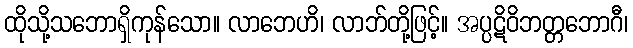
ထိုသို့သဘောရှိကုန်သော။ လာဘေဟိ၊ လာဘ်တို့ဖြင့်။ အပ္ပဋိဝိဘတ္တဘောဂီ၊